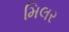
મિલર